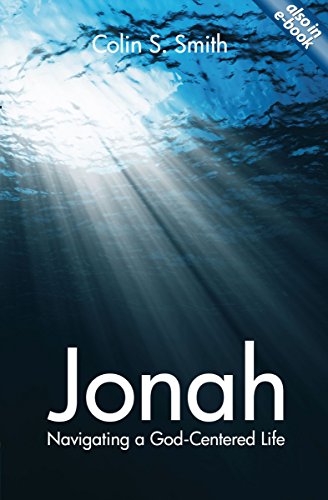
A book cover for Jonah: Navigating a God Centred Life; Colin S. Smith; Christian Books & Bibles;